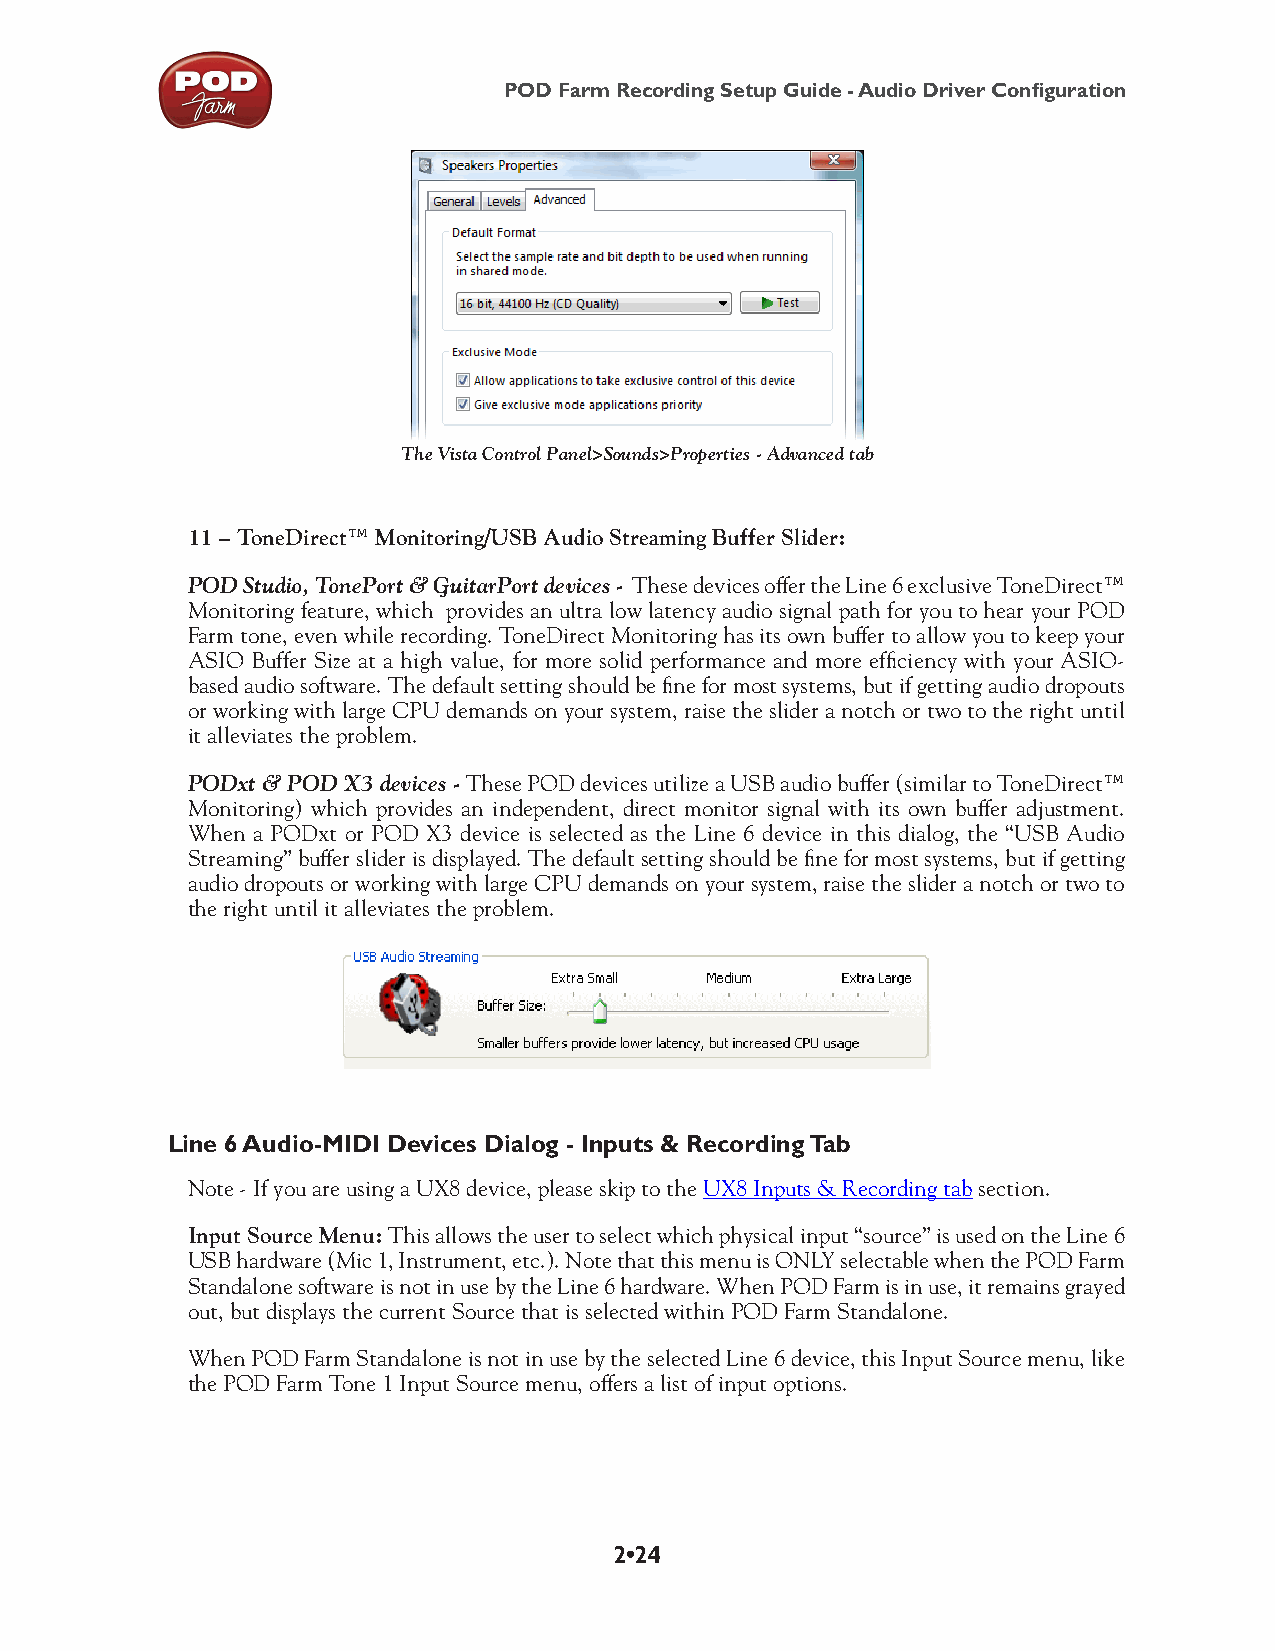
POD Farm Recording Setup Guide - Audio Driver Configuration
 The Vista Control Panel>Sounds>Properties - Advanced tab
 11 – ToneDirect™ Monitoring/USB Audio Streaming Buffer Slider:
 POD Studio, TonePort & GuitarPort devices - These devices offer the Line 6 exclusive ToneDirect™
 Monitoring feature, which provides an ultra low latency audio signal path for you to hear your POD
 Farm tone, even while recording. ToneDirect Monitoring has its own buffer to allow you to keep your
 ASIO Buffer Size at a high value, for more solid performance and more efficiency with your ASIO-
 based audio software. The default setting should be fine for most systems, but if getting audio dropouts
 or working with large CPU demands on your system, raise the slider a notch or two to the right until
 it alleviates the problem.
 PODxt & POD X3 devices - These POD devices utilize a USB audio buffer (similar to ToneDirect™
 Monitoring) which provides an independent, direct monitor signal with its own buffer adjustment.
 When a PODxt or POD X3 device is selected as the Line 6 device in this dialog, the “USB Audio
 Streaming” buffer slider is displayed. The default setting should be fine for most systems, but if getting
 audio dropouts or working with large CPU demands on your system, raise the slider a notch or two to
 the right until it alleviates the problem.
 Line 6 Audio-MIDI Devices Dialog - Inputs & Recording Tab
 Note - If you are using a UX8 device, please skip to the UX8 Inputs & Recording tab section.
 Input Source Menu: This allows the user to select which physical input “source” is used on the Line 6
 USB hardware (Mic 1, Instrument, etc.). Note that this menu is ONLY selectable when the POD Farm
 Standalone software is not in use by the Line 6 hardware. When POD Farm is in use, it remains grayed
 out, but displays the current Source that is selected within POD Farm Standalone.
 When POD Farm Standalone is not in use by the selected Line 6 device, this Input Source menu, like
 the POD Farm Tone 1 Input Source menu, offers a list of input options.
 2•24